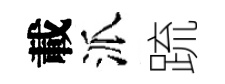
載派䟽